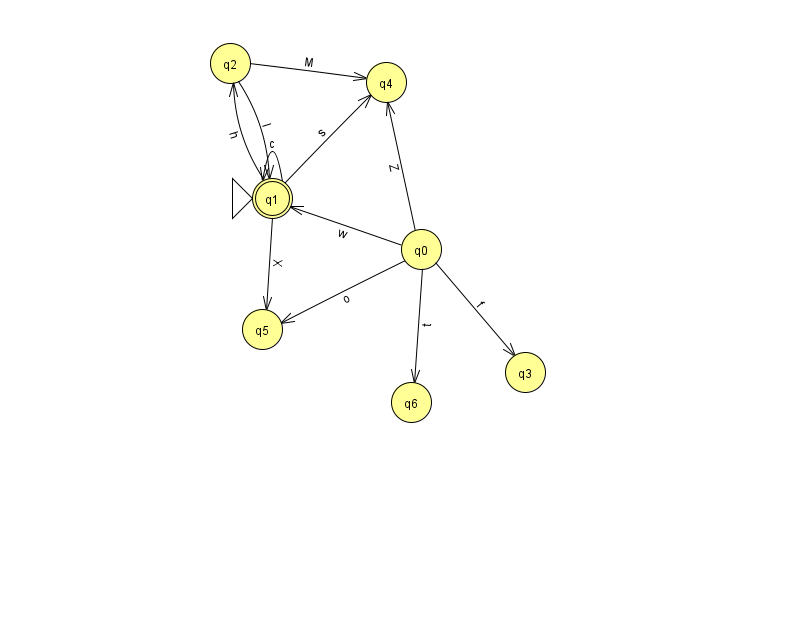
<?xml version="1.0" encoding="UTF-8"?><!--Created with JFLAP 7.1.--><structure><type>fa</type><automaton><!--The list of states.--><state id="0" name="q0"><x>421.0</x><y>236.0</y></state><state id="1" name="q1"><x>272.0</x><y>185.0</y><initial/><final/></state><state id="2" name="q2"><x>230.0</x><y>50.0</y></state><state id="3" name="q3"><x>525.0</x><y>359.0</y></state><state id="4" name="q4"><x>386.0</x><y>69.0</y></state><state id="5" name="q5"><x>262.0</x><y>316.0</y></state><state id="6" name="q6"><x>411.0</x><y>389.0</y></state><!--The list of transitions.--><transition><from>0</from><to>4</to><read>Z</read></transition><transition><from>0</from><to>6</to><read>t</read></transition><transition><from>1</from><to>1</to><read>c</read></transition><transition><from>1</from><to>4</to><read>s</read></transition><transition><from>0</from><to>5</to><read>o</read></transition><transition><from>1</from><to>2</to><read>h</read></transition><transition><from>0</from><to>1</to><read>w</read></transition><transition><from>2</from><to>1</to><read>I</read></transition><transition><from>2</from><to>4</to><read>M</read></transition><transition><from>0</from><to>3</to><read>f</read></transition><transition><from>1</from><to>5</to><read>X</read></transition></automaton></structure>